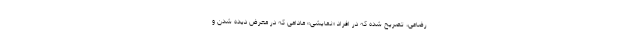
رضاعی، تصریح شده که در افراد «نمایشی» مادامی که در معرض دیده شدن و